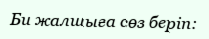
Би жалшыға сөз беріп: